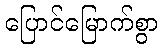
ပြောင်မြောက်စွာ